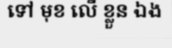
ទៅ មុខ លើ ខ្លួន ឯង